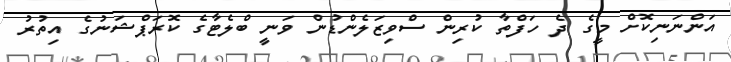
އަންނަނިކޮށް މީގެ ދެ ހަފްތާ ކުރިން ސްވިޒަލެންޑުން ވަނީ ބްލެޓާގެ ކޮރަޕްޝަނުގެ އިތުރު